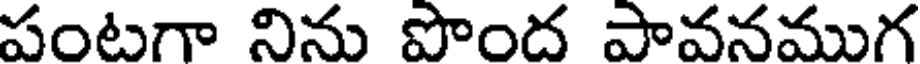
పంటగా నిను పొంద పావనముగ